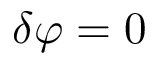
\delta \varphi = 0